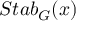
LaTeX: S t a b _ { G } ( x )